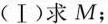
(Ⅰ)求M；